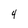
Character: 4